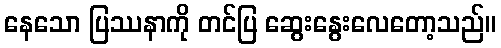
နေသော ပြဿနာကို တင်ပြ ဆွေးနွေးလေတော့သည်။